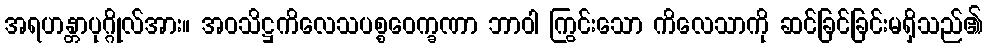
အရဟန္တာပုဂ္ဂိုလ်အား။ အဝသိဋ္ဌကိလေသပစ္စဝေက္ခဏာ ဘာဝါ ကြွင်းသော ကိလေသာကို ဆင်ခြင်ခြင်းမရှိသည်၏